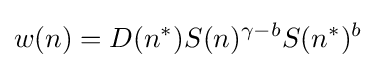
w(n)=D(n^{*})S(n)^{\gamma -b}S(n^{*})^{b}